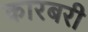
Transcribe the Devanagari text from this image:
कारबरी